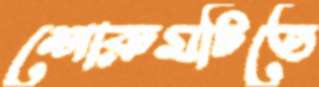
শোরুমটিতে